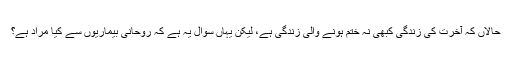
حالاں کہ آخرت کی زندگی کبھی نہ ختم ہونے والی زندگی ہے، لیکن یہاں سوال یہ ہے کہ روحانی بیماریوں سے کیا مراد ہے؟